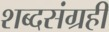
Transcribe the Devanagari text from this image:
शब्दसंग्रही